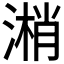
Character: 𣻘